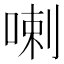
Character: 喇